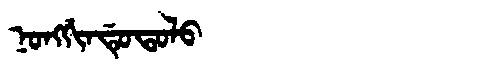
Manchu: ᠨᠣᠩᡤᡳᠨᡩᡠᡨᠣᠯᠣ
Romanization: NONGGINDUTOLO